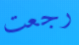
رجعت